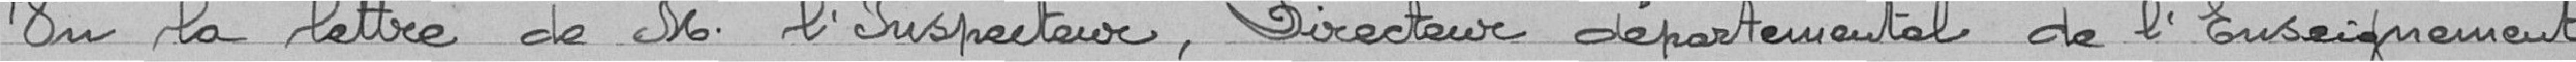
Vu la lettre de M. l'Inspecteur, Directeur départemental de l'Enseignement